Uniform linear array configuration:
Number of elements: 48
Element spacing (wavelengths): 0.25
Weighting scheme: blackman
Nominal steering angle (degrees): -15
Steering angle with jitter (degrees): -13.645
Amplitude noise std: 0.05
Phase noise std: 0.05

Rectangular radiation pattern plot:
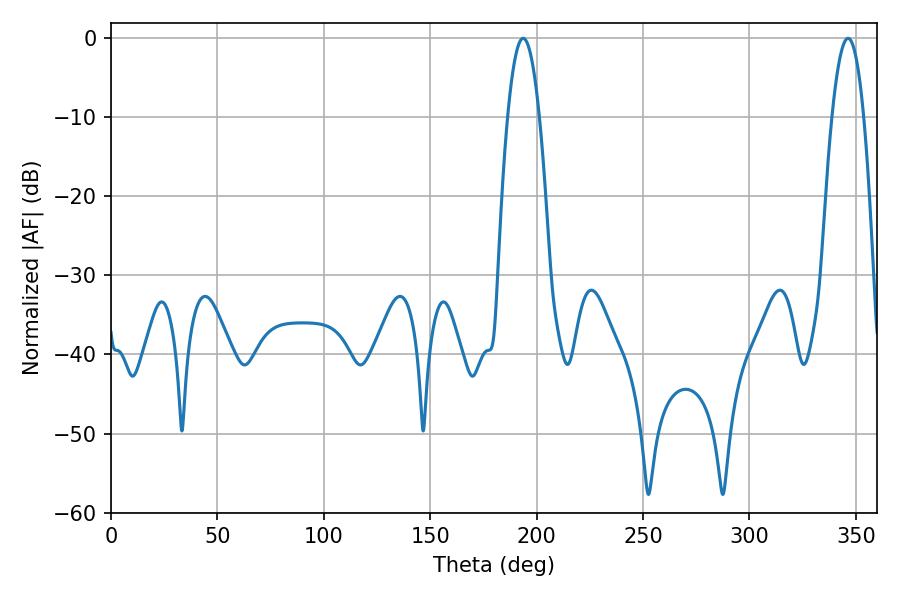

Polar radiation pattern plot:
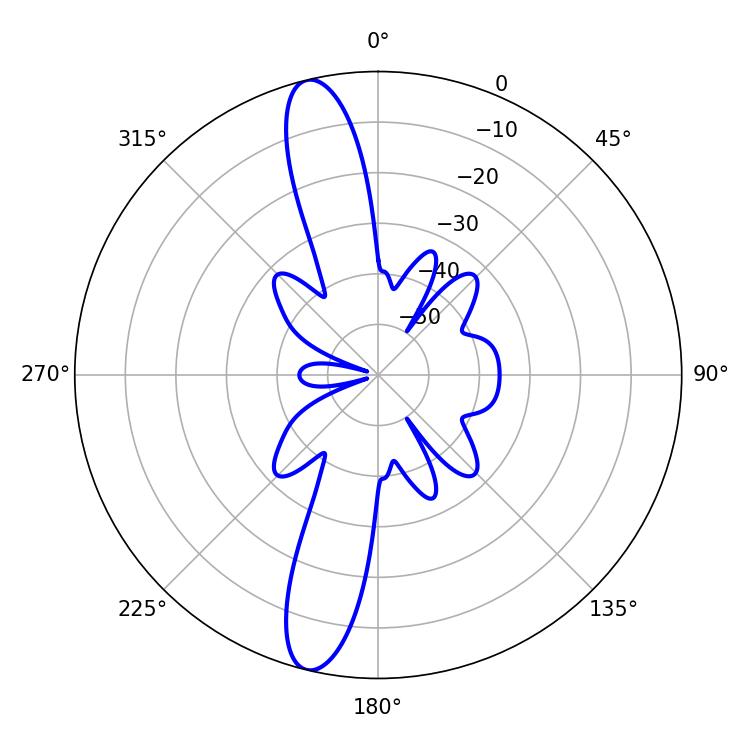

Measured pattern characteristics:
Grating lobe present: FALSE
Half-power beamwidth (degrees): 8.28
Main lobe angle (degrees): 193.68